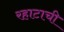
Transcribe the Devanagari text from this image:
रहाटाची